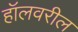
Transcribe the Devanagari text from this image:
हॉलवरील